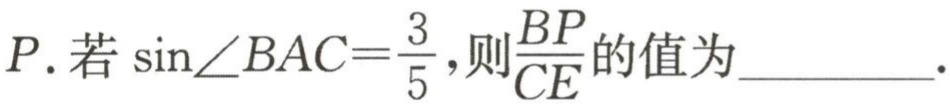
$P. 若\sin\angle BAC = \frac{3}{5},则\frac{BP}{CE}的值为\underline{\qquad\qquad}.$